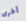
أخرى